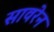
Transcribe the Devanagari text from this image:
सावरेन